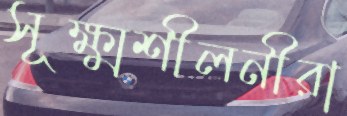
সূক্ষ্মশীলনীরা